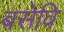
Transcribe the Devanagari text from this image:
बसेवि